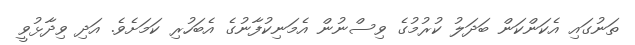
ތަނުގައި އެކަންކަން ބަދަލު ކުރުމުގެ ވިސްނުން އެމަނިކުފާނުގެ އެބަހުރި ކަމަށެވެ. އަދި ވިދާޅުވީ